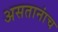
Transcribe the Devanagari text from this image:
असतानांच